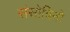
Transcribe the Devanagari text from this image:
संसोविनो